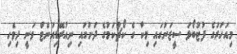
މިއަހަރުގެ ފުޓުބޯޅަ ސީޒަނުގައި މިކާ ގެ ކޯޗުކަމުގެ ދަށުގައި ނިއުރޭޑިއަންޓް ވަނީ ދިވެހި